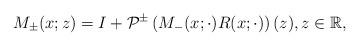
LaTeX: \begin{align*}M_{\pm}(x;z)=I+\mathcal{P}^{\pm}\left(M_{-}(x; \cdot) R(x ;\cdot)\right)(z), z \in \mathbb{R},\end{align*}